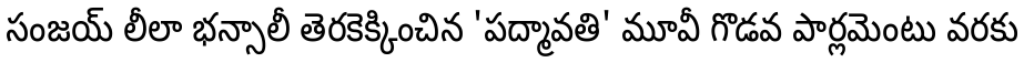
సంజయ్ లీలా భన్సాలీ తెరకెక్కించిన 'పద్మావతి' మూవీ గొడవ పార్లమెంటు వరకు